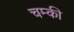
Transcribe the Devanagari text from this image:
चम्की